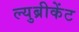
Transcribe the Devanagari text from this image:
ल्युब्रीकेंट